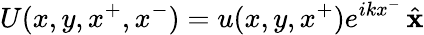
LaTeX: U(x,y,x^{+},x^{-})=u(x,y,x^{+})e^{ikx^{-}}\, {\hat{\mathbf{x}}}